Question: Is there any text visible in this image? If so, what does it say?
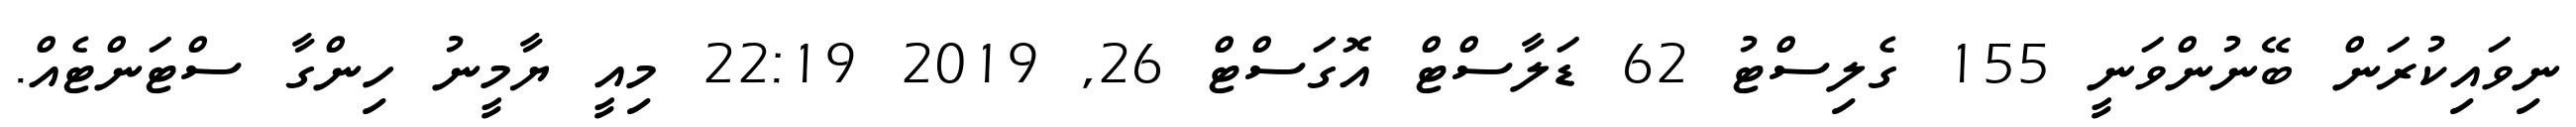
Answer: ނިވައިކުރަން ބޭނުންވަނީ 155 ގެލިސްޓު 62 ޑަލާސްޓް އޮގަސްޓް 26, 2019 22:19 މިއީ ޔާމީނު ހިންގާ ސްޓަންޓެއް.